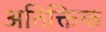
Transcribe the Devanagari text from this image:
अतिक्तिक